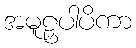
အမူဠှပါပိကာ